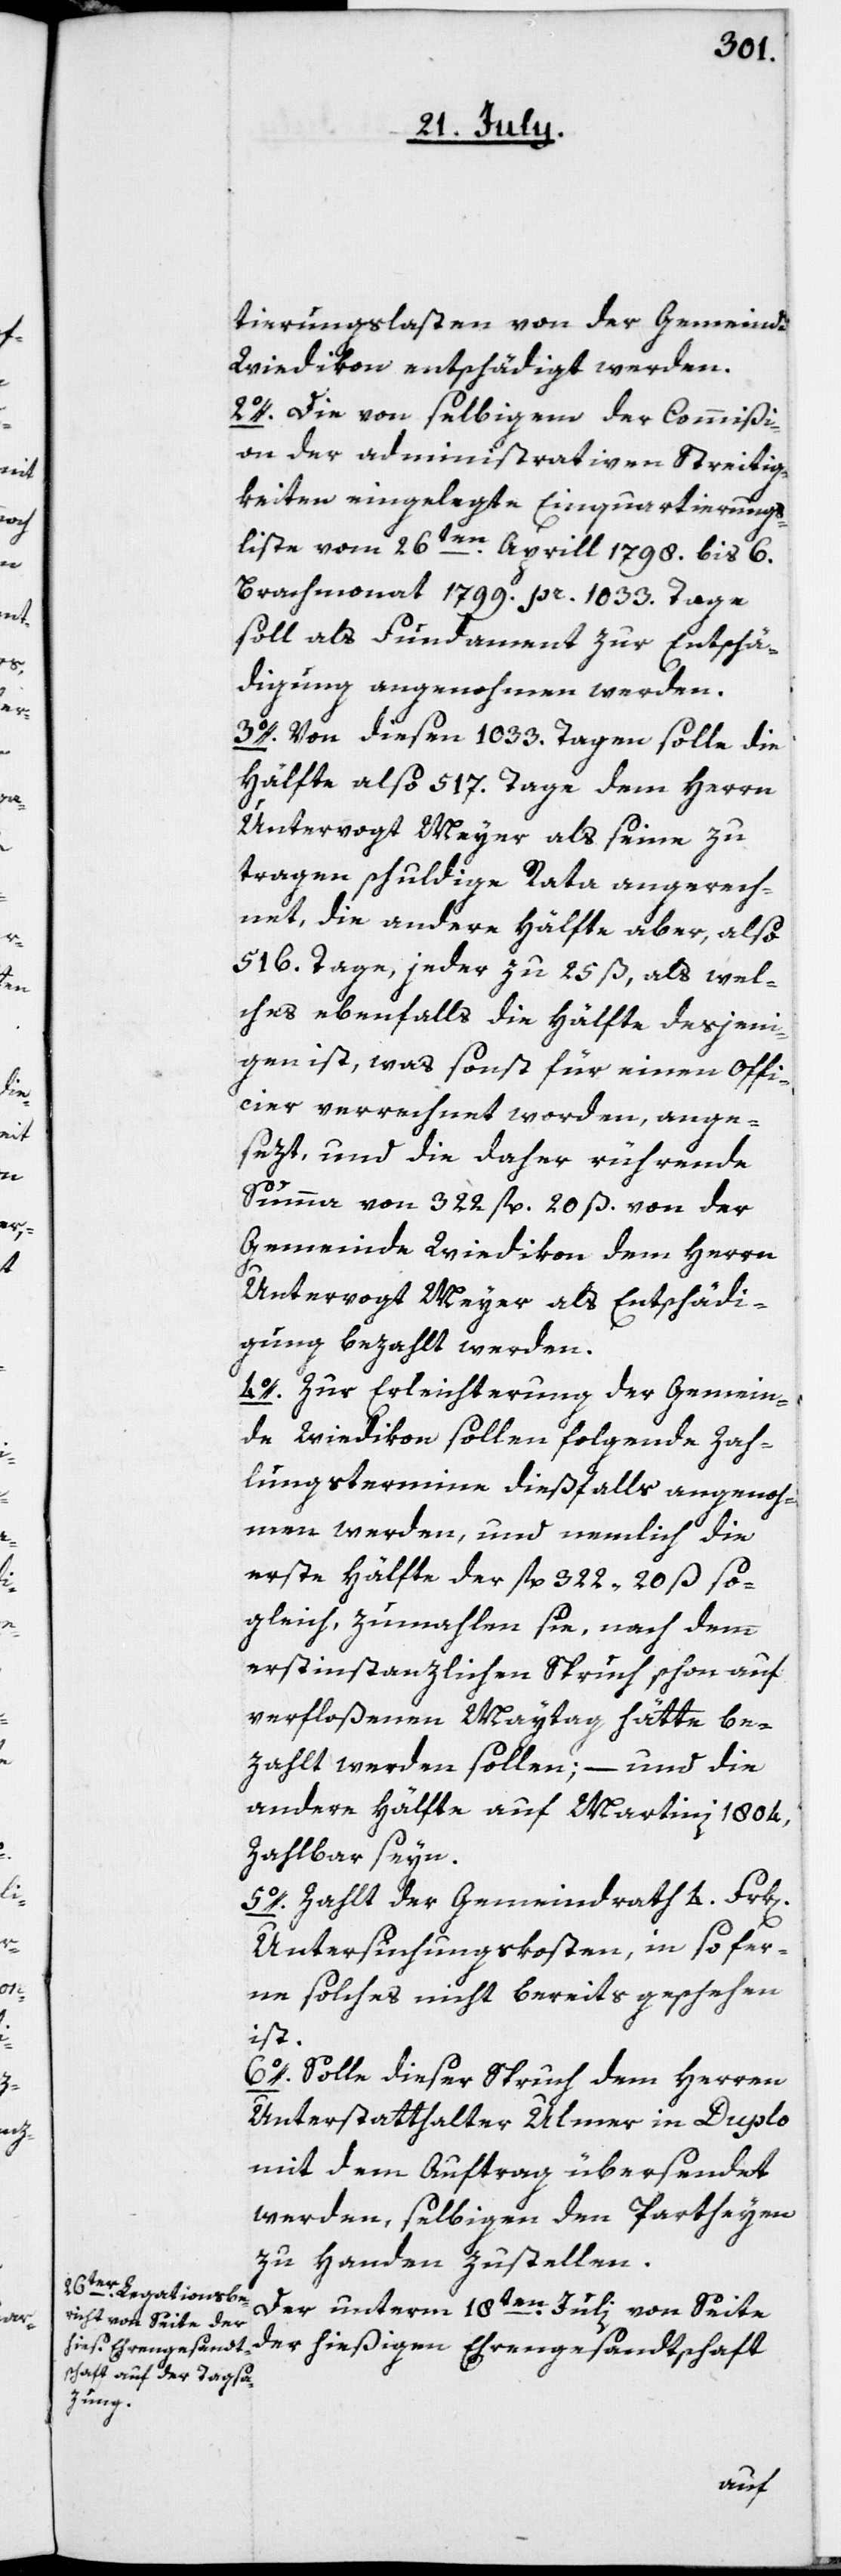
tierungslasten von der Gemeinde
Wiedikon entschädigt werden.
2o. Die von selbigem der Commißi¬
on der administrativen Streitig¬
keiten eingelegte Einquartierungs¬
liste vom 26ten Aprill 1798. bis 6.
Brachmonat 1799. pr. 1033. Tage
soll als Fundament zur Entschä¬
digung angenohmen werden.
3o. Von diesen 1033. Tagen solle die
Hälfte also 517. Tage dem Herrn
Untervogt Meyer als seine zu
tragen schuldige Rata angerech¬
net, die andere Hälfte aber, also
516. Tage, jeder zu 25 ß, als wel¬
ches ebenfalls die Hälfte desjeni¬
gen ist, was sonst für einen Offi¬
cier verrechnet worden, ange¬
sezt, und die daher rührende
Summa von 322 fl. 20 ß von der
Gemeinde Wiedikon dem Herrn
Untervogt Meyer als Entschädi¬
gung bezahlt werden.
4o. Zur Erleichterung der Gemein¬
de Wiedikon sollen folgende Zah¬
lungstermine dießfalls angenoh¬
men werden, und nemlich die
erste Hälfte der fl. 322 20 ß so¬
gleich, zumahlen sie, nach dem
erstinstanzlichen Spruch schon auf
verfloßenen Maytag hätte be¬
zahlt werden sollen; – und die
andere Hälfte auf Martini 1804
zahlbar seyn.
5o. Zahlt der Gemeindrath 4 Frk[en].
Untersuchungskosten, in so fer¬
ne solches nicht bereits geschehen
ist.
6o. Solle dieser Spruch dem Herren
Unterstatthalter Ulmer in Duplo
mit dem Auftrag übersendet
werden, selbigen den Partheyen
zu Handen zustellen.
Der unterm 18ten Julii von Seite
der hießigen Ehrengesandtschaft